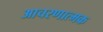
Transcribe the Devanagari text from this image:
आचरणात्मक